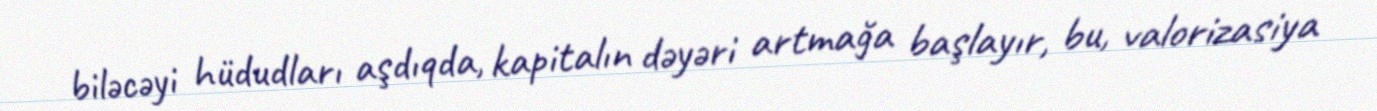
biləcəyi hüdudları aşdıqda, kapitalın dəyəri artmağa başlayır, bu, valorizasiya